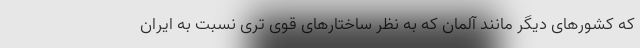
که کشورهای دیگر مانند آلمان که به نظر ساختارهای قوی تری نسبت به ایران